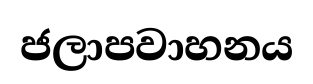
ජලාපවාහනය